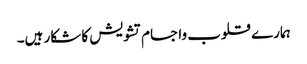
ہمارے قلوب واجسام تشویش کا شکار ہیں۔